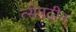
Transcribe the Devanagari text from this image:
त्सेनदीन